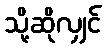
သို့ဆိုလျှင်